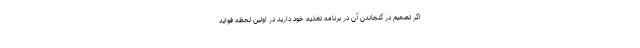
اگر تصمیم در گنجاندن آن در برنامه تغذیه خود دارید در اولین لحظه فواید